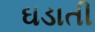
ઘડાતી